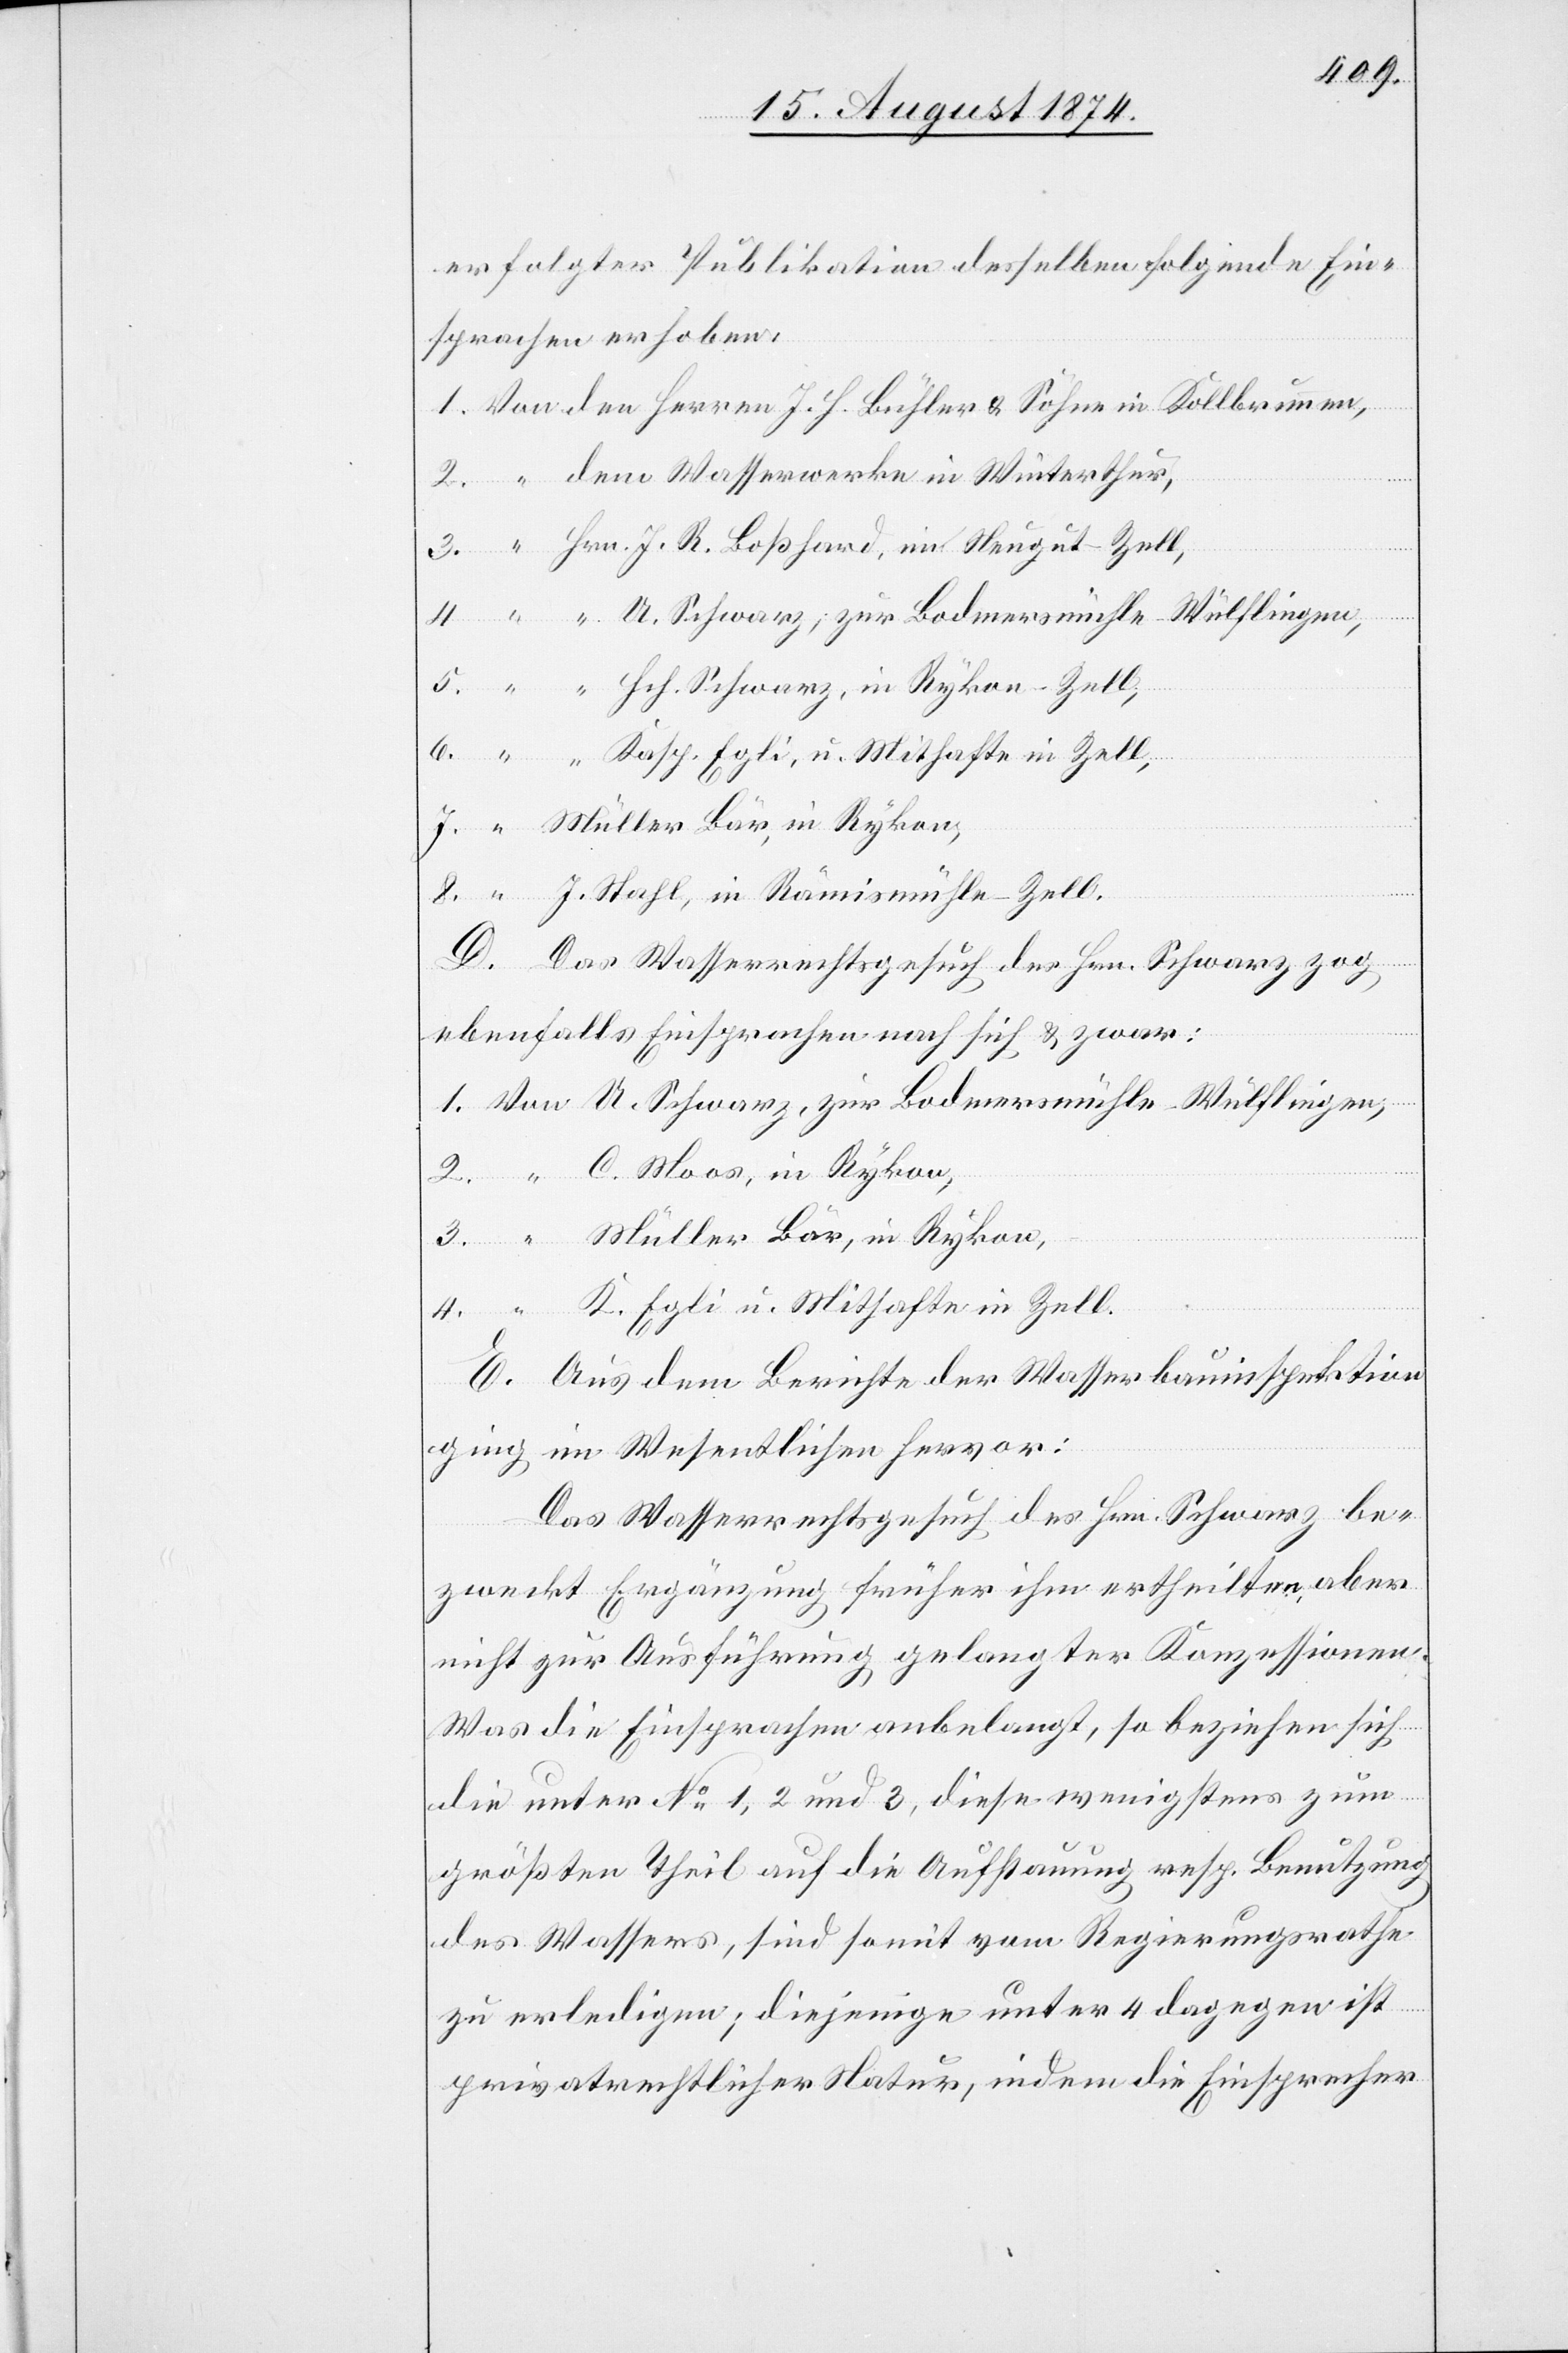
erfolgter Publikation desselben folgende Ein¬
sprachen erhoben:
U. Schwarz, zur Bodmersmühle-Wülflingen,
J. Stahl, in Rämismühle-Zell.
D. Das Wasserrechtsgesuch des Hrn. Schwarz zog
ebenfalls Einsprachen nach sich u. zwar:
U. Schwarz, zur Bodmersmühle-Wülflingen,
C. Moos in Rykon,
Müller Bär, in Rykon,
K. Egli u. Mithafte in Zell.
E. Aus dem Berichte der Wasserbauinspektion
ging im Wesentlichen hervor:
Das Wasserrechtsgesuch des Hrn. Schwarz be¬
zweckt Ergänzung früher ihm ertheilten, aber
nicht zur Ausführung gelangter Konzessionen.
Was die Einsprachen anbelangt, so beziehen sich
die unter No 1, 2 und 3, diese wenigstens zum
größten Theil auf die Aufstauung resp. Benutzung
des Wassers, sind somit vom Regierungsrathe
zu erledigen; diejenige unter 4 dagegen ist
privatrechtlicher Natur, indem die Einsprecher